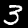
Digit: 3